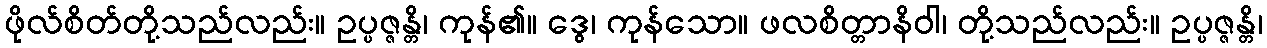
ဖိုလ်စိတ်တို့သည်လည်း။ ဥပ္ပဇ္ဇန္တိ၊ ကုန်၏။ ဒွေ၊ ကုန်သော။ ဖလစိတ္တာနိဝါ၊ တို့သည်လည်း။ ဥပ္ပဇ္ဇန္တိ၊